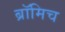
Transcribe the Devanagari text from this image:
ब्रॉमिच